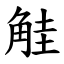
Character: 觟